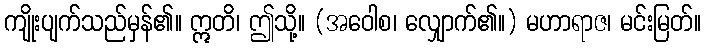
ကျိုးပျက်သည်မှန်၏။ ဣတိ၊ ဤသို့။ (အဝေါစ၊ လျှောက်၏။) မဟာရာဇ၊ မင်းမြတ်။